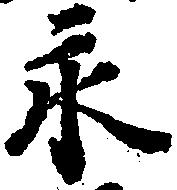
永